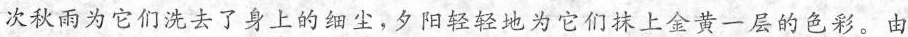
次秋雨为它们洗去了身上的细尘，夕阳轻轻地为它们抹上金黄一层的色彩。由